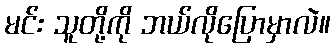
မင်း သူတို့ကို ဘယ်လိုပြောမှာလဲ။